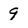
Character: 9